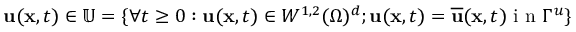
\mathbf { u } ( \mathbf { x } , t ) \in \mathbb { U } = \lbrace \forall t \geq 0 : \mathbf { u } ( \mathbf { x } , t ) \in W ^ { 1 , 2 } ( \Omega ) ^ { d } ; \mathbf { u } ( \mathbf { x } , t ) = \overline { { \mathbf { u } } } ( \mathbf { x } , t ) \mathrm { ~ i ~ n ~ } \Gamma ^ { u } \rbrace